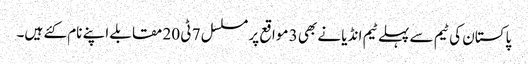
پاکستان کی ٹیم سے پہلے ٹیم انڈیا نے بھی 3 مواقع پر مسلسل 7 ٹی 20 مقابلے اپنے نام کئے ہیں۔